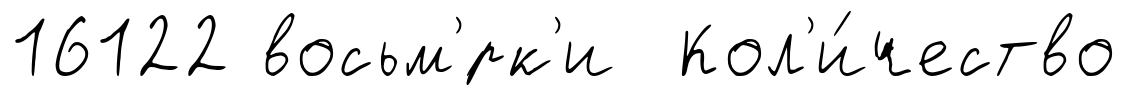
16122 восьм'́рк'и Кол'и́чество